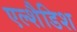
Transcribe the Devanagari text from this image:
एल्शैडिश